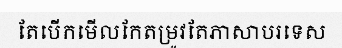
តែបើកមើលកែតម្រូវតែភាសាបរទេស